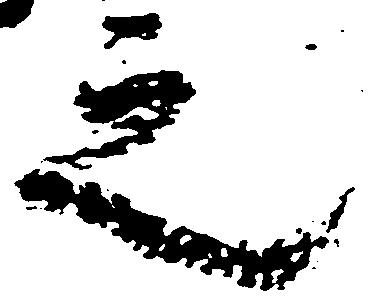
之